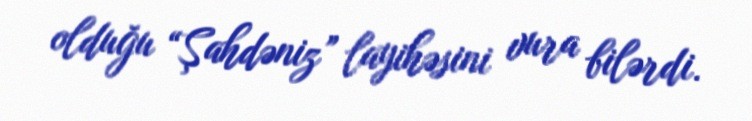
olduğu “Şahdəniz” layihəsini vura bilərdi.